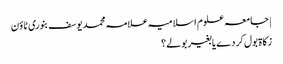
| جامعہ علوم اسلامیہ علامہ محمد یوسف بنوری ٹاؤن
زکاۃ بول کر دے یا بغیر بولے؟